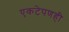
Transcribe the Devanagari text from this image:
एकटेपणही